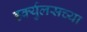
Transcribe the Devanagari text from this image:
हर्क्युलसच्या